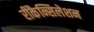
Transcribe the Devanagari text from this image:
रीकैन्सिलेशन